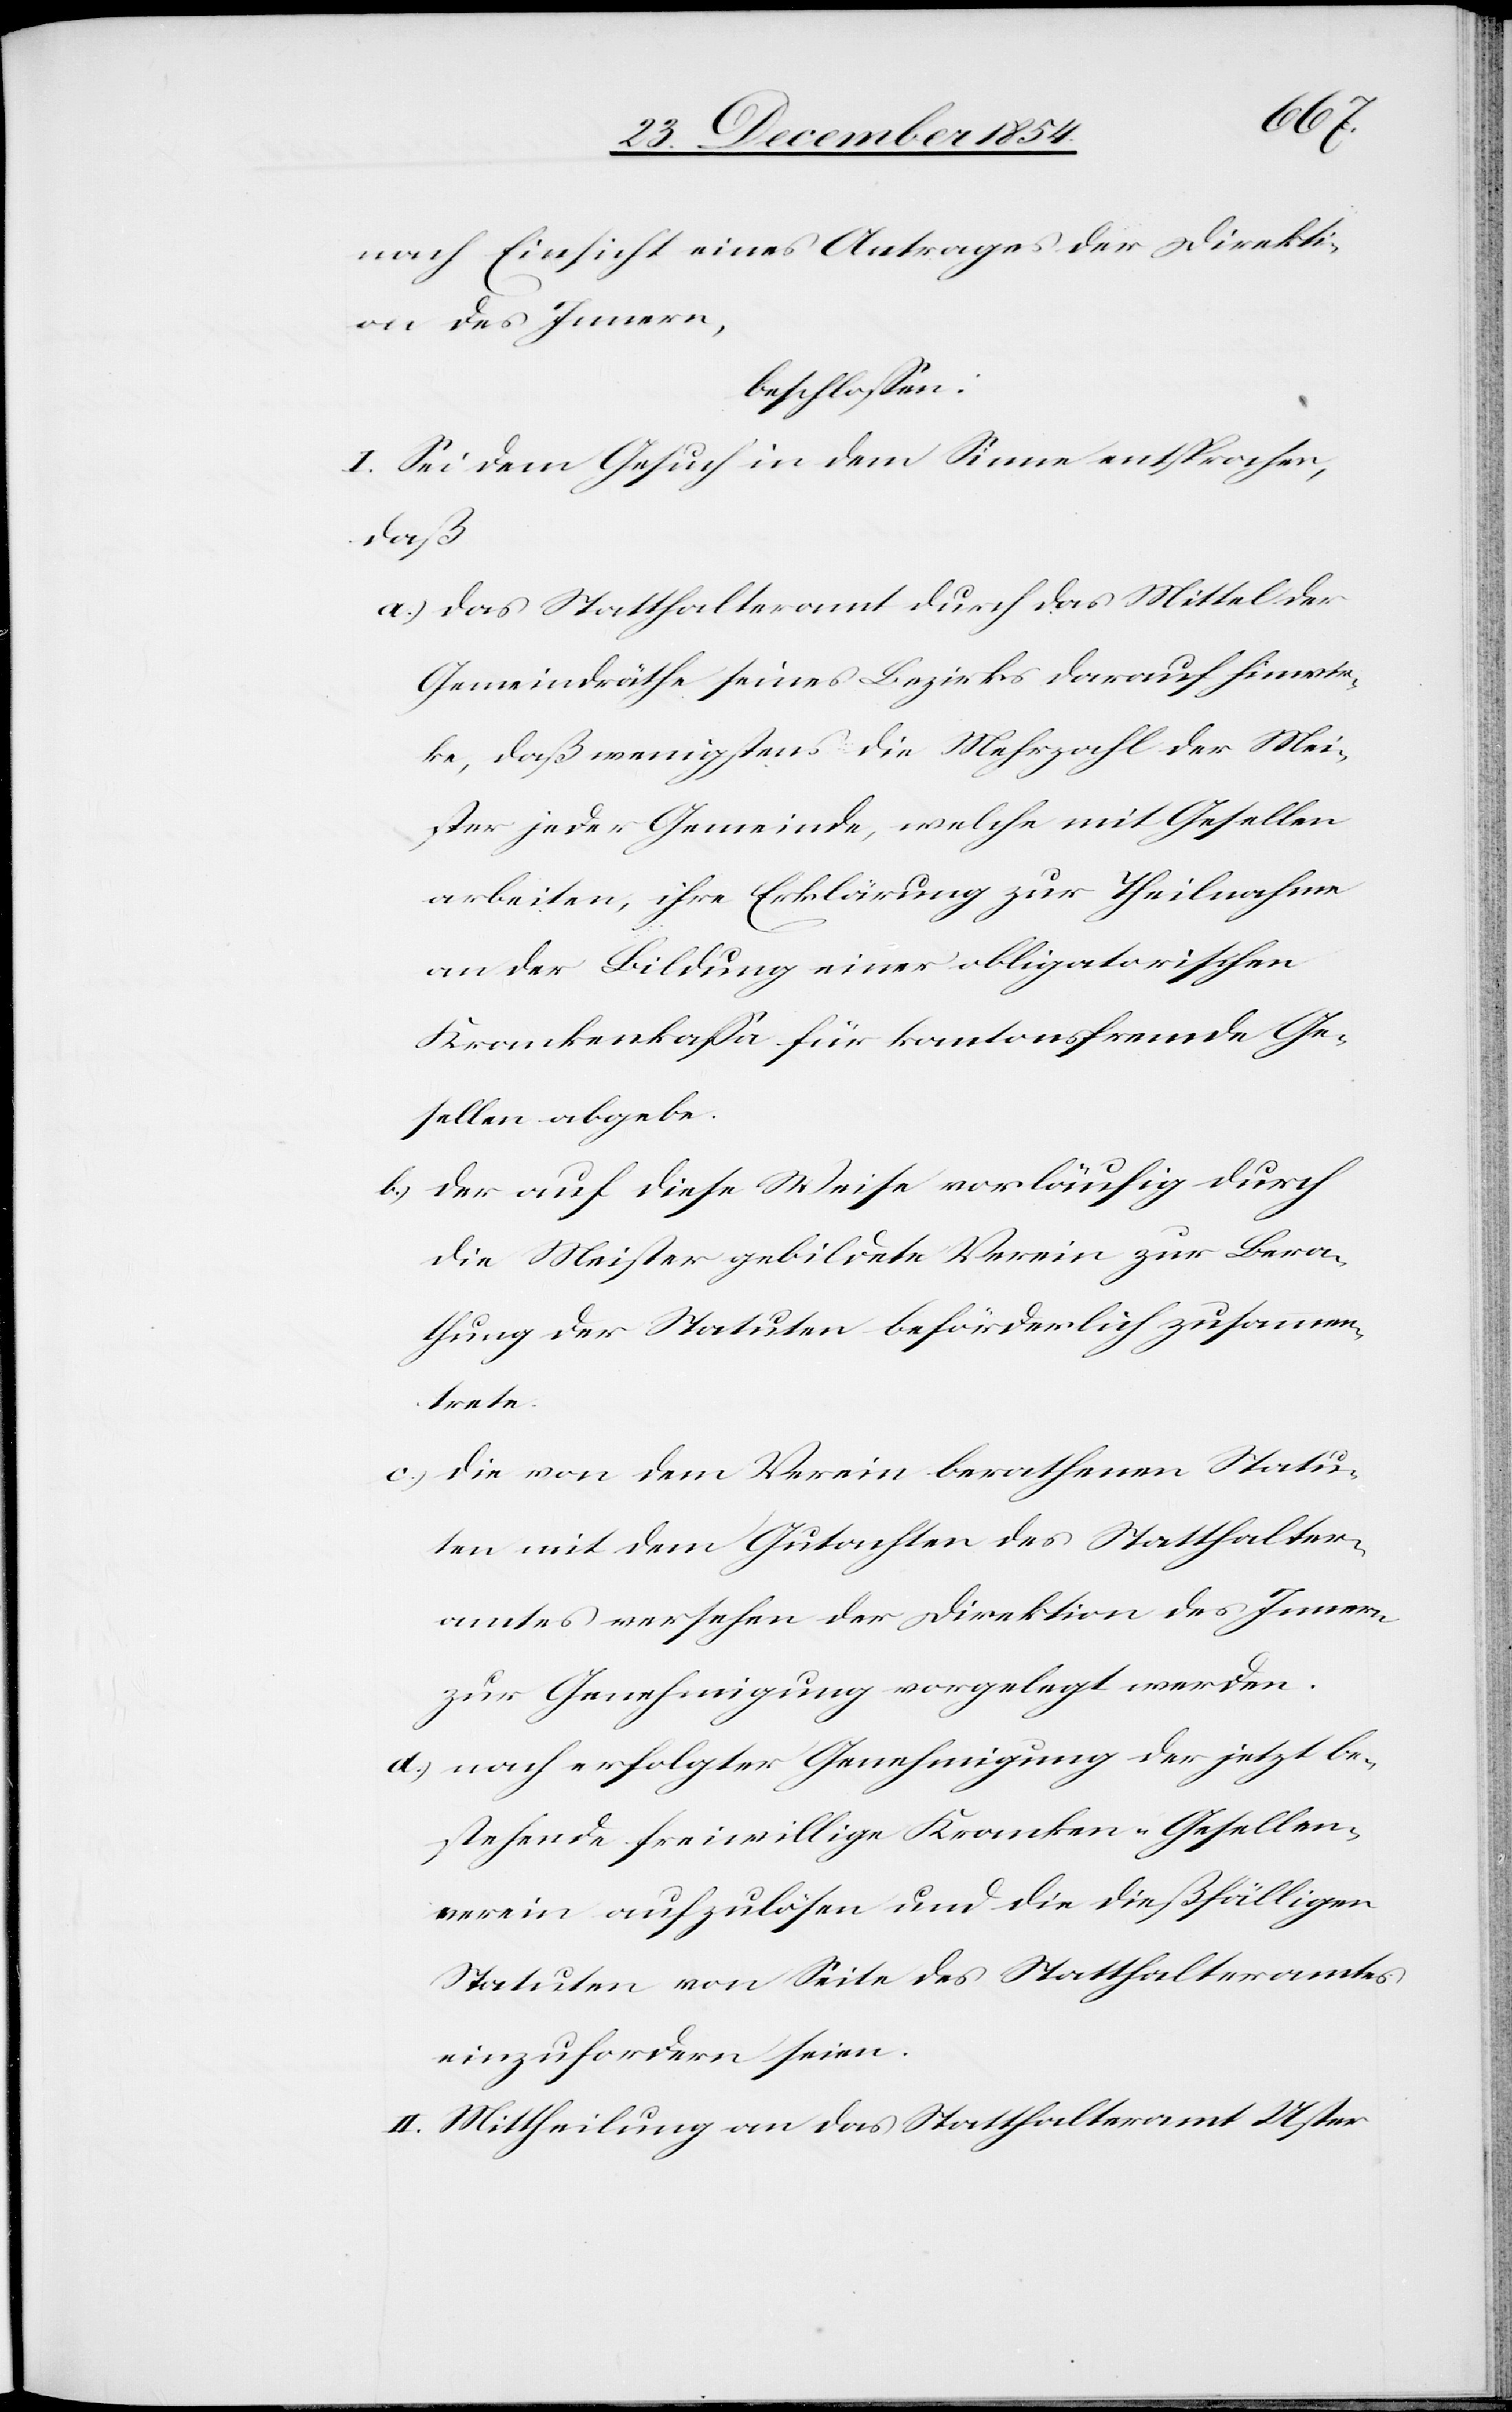
nach Einsicht eines Antrages der Direkti¬
on des Innern,
beschloßen:
I. Sei dem Gesuch in dem Sinne entsprochen,
daß
a.) das Statthalteramt durch das Mittel der
Gemeindräthe seines Bezirks darauf hinwir¬
ke, daß wenigstens die Mehrzahl der Mei¬
ster jeder Gemeinde, welche mit Gesellen
arbeiten, ihre Erklärung zur Theilnahme
an der Bildung einer obligatorischen
Krankenkaßa für kantonsfremde Ge¬
sellen abgebe.
b.) der auf diese Weise vorläufig durch
die Meister gebildete Verein zur Bera¬
thung der Statuten beförderlich zusammen¬
trete.
c.) die von dem Verein berathenen Statu¬
ten mit dem Gutachten des Statthalter¬
amtes versehen der Direktion des Innern
zur Genehmigung vorgelegt werden.
d.) nach erfolgter Genehmigung der jetzt be¬
stehende freiwillige Kranken-Gesellen¬
verein aufzulösen und die dießfälligen
Statuten von Seite des Statthalteramtes
einzufordern seien.
II. Mittheilung an das Statthalteramt Uster